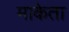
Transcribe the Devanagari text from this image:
माकेता